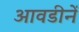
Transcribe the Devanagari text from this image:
आवडीनें